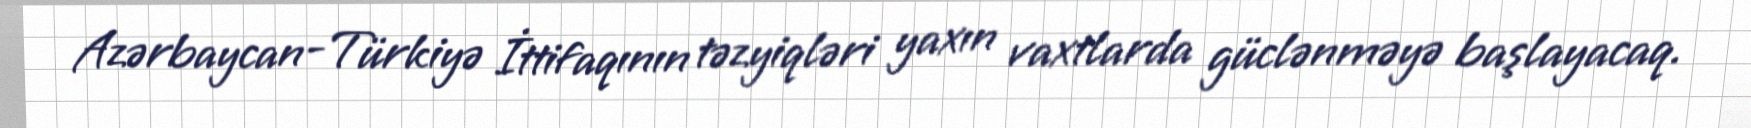
Azərbaycan-Türkiyə İttifaqının təzyiqləri yaxın vaxtlarda güclənməyə başlayacaq.